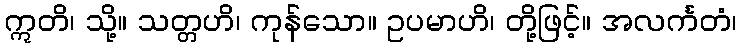
ဣတိ၊ သို့။ သတ္တဟိ၊ ကုန်သော။ ဥပမာဟိ၊ တို့ဖြင့်။ အလင်္ကတံ၊